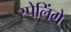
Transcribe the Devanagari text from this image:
स्पेलिंगे